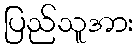
ပြည်သူအား